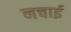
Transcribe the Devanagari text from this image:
नचाई